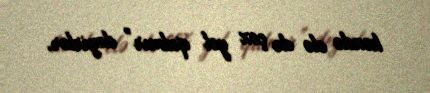
kəndə elə də çox yol qalmır” deyirlər.